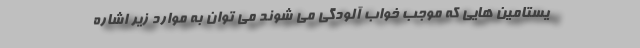
یستامین هایی که موجب خواب آلودگی می شوند می توان به موارد زیر اشاره